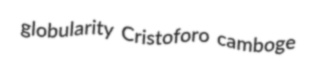
globularity Cristoforo camboge